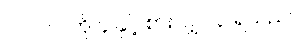
၁၉။ ၁၂ ကို ၄ နှင့် စားလျှင် ၃ ရသည်။